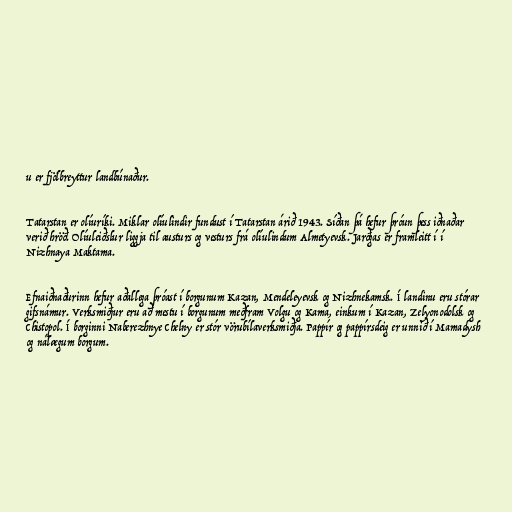
u er fjölbreyttur landbúnaður.

Tatarstan er olíuríki. Miklar olíulindir fundust í Tatarstan árið 1943. Síðan þá hefur þróun þess iðnaðar
verið hröð. Olíuleiðslur liggja til austurs og vesturs frá olíulindum Almetyevsk. Jarðgas er framleitt í í
Nizhnaya Maktama.

Efnaiðnaðurinn hefur aðallega þróast í borgunum Kazan, Mendeleyevsk og Nizhnekamsk. Í landinu eru stórar
gifsnámur. Verksmiðjur eru að mestu í borgunum meðfram Volgu og Kama, einkum í Kazan, Zelyonodolsk og
Chistopol. Í borginni Naberezhnye Chelny er stór vörubílaverksmiðja. Pappír og pappírsdeig er unnið í Mamadysh
og nálægum borgum.